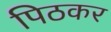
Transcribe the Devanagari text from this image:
पिठकर